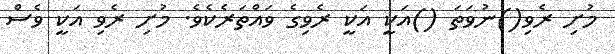
މުށި ރެވި()ނުވަތަ ()އަކީ އަކީ ރެވިގެ ވައްތަރެކެވެ. މުށި ރެވި އަކީ ވެސް